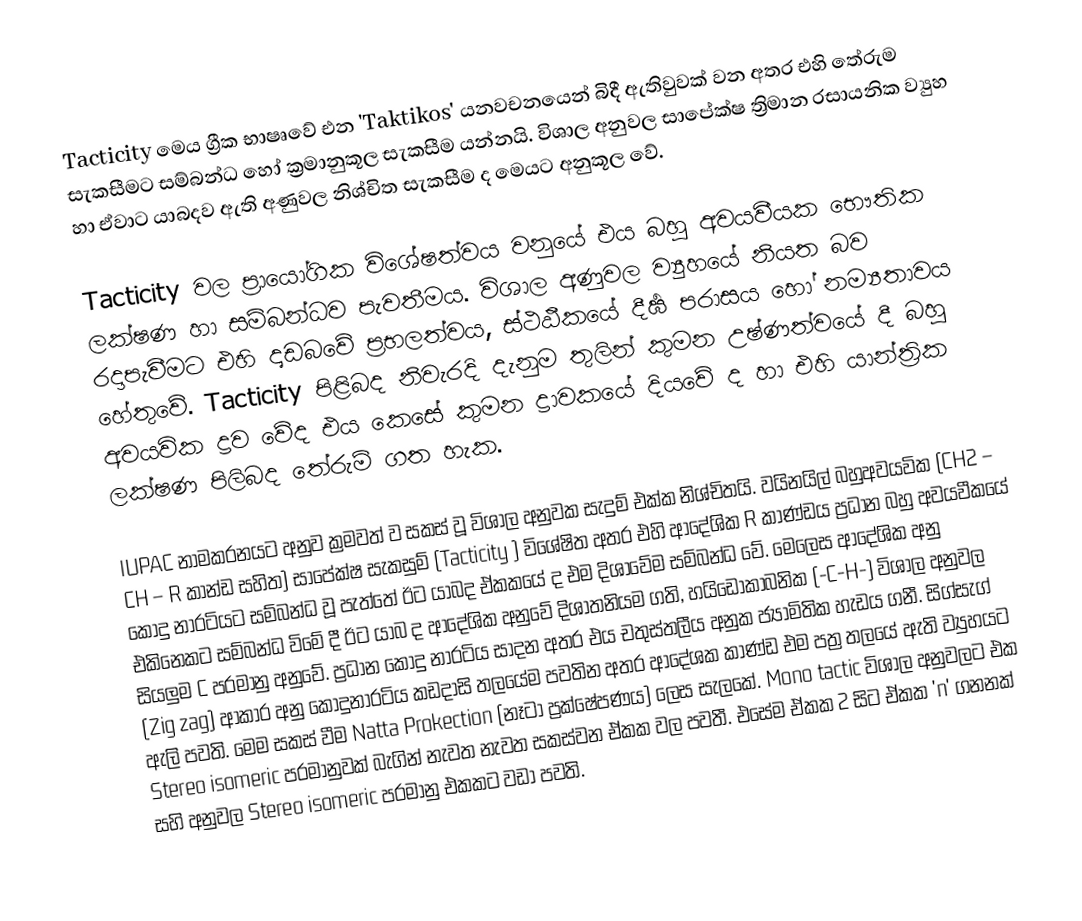
Tacticity මෙය ග්‍රීක භාෂෘවේ එන 'Taktikos' යනවචනයෙන් බිදී ඇතිවුවක් වන අතර එහි තේරුම සැකසීමට සම්බන්ධ හෝ ක්‍රමානුකූල සැකසීම යන්නයි. විශාල අනුවල සාපේක්ෂ ත්‍රිමාන රසායනික ව්‍යුහ හා ඒවාට යාබදව ඇති අණුවල නිශ්චිත සැකසීම ද මෙයට අනුකූල වේ.

Tacticity වල ප්‍රායෝගික විශේෂත්වය වනුයේ එය බහු අවයවීයක භෞතික ලක්ෂණ හා සම්බන්ධව පැවතීමය. විශාල අණුවල ව්‍යුහයේ  නියත බව රදාපැවීමට එහි දෘඩබවේ  ප්‍රභලත්වය, ස්ථඨීකයේ දීර්‍ඝ පරාසය හෝ නම්‍යතාවය හේතුවේ. Tacticity පිළිබද නිවැරදි දැනුම තුලින් කුමන උෂ්ණත්වයේ දී බහු අවයවික ද්‍රව වේද එය කෙසේ කුමන ද්‍රාවකයේ දිය‍වේ ද හා එහි යාන්ත්‍රික ලක්ෂණ පිලිබද තේරුම් ගත හැක.

IUPAC නාමකරනයට අනුව ක්‍රමවත් ව සකස් වූ විශාල අනුවක සැදුම් එක්ක නිශ්චිතයි. වයිනයිල් බහුඅවයවික (CH2 – CH – R කාන්ඩ සහිත) සාපේක්ෂ සැකසුම් (Tacticity ) විශේෂිත අතර එහි ආදේශික   R  කාණ්ඩය ප්‍රධාන බහු අවයවීකයේ කොදු නාරටියට සම්බන්ධ වූ පැත්තේ ඊට යාබද ඒකකයේ ද එම දිශාවේම සම්බන්ධ වේ. මෙලෙස ආදේශික අනු එකිනෙකට සම්බන්ධ විමේ දී ඊට ‍යාබ ද  ආදේශික අනුවේ දිශාතනියම ගති, හයිඩොකාබනික (-C-H-) විශාල අනුවල සියලුම  C පරමානු අනුවේ. ප්‍රධාන කොදු නාරටිය සාදන අතර එය චතුස්තලීය අනුක ජ්‍යාමිතික හැඩය ගනී. සිග්සැග් (Zig zag) ආකාර අනු කොදුනාරටිය කඩදාසි තලයේම පවතින අතර ආදේශක කාණ්ඩ එම පත්‍ර තලයේ ඇති ව්‍යුහයට  ඇලි පවති. මෙම සකස් වීම  Natta Prokection  (නෑටා ප්‍රක්ෂේපණය) ලෙස සැලකේ. Mono tactic  විශාල අනුවලට එක Stereo isomeric පරමානුවක් බැගින් නැවත නැවත සකස්වන ඒකක වල පවතී. එසේම ඒකක 2 සි‍ට ඒකක  'n' ගනනක් සහි අනුවල Stereo isomeric පරමානු එකකට වඩා පවති.